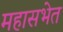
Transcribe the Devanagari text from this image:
महासभेत